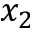
x _ { 2 }